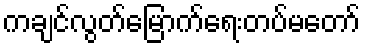
ကချင်လွတ်မြောက်ရေးတပ်မတော်